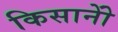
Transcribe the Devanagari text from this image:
किसानोें